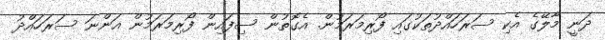
ދަނީ މާލޭގެ އެކި ސަރަހައްދުތަކުގައި ފޯރިމަރަމުން. އެގޮތުން ސިފައިން ފޯރިމަރަމުން އަންނަ ސަރަހައްދު